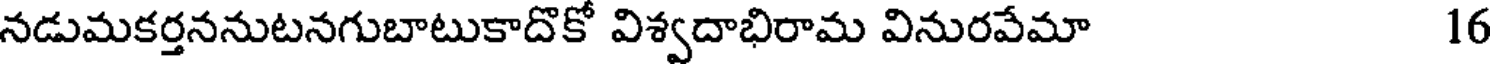
నడుమకర్తననుటనగుబాటుకాదొకో విశ్వదాభిరామ వినురవేమా 16